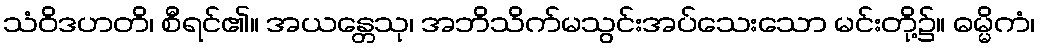
သံဝိဒဟတိ၊ စီရင်၏။ အယန္တေသု၊ အဘိသိက်မသွင်းအပ်သေးသော မင်းတို့၌။ ဓမ္မိကံ၊